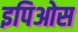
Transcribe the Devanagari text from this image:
इपिओस